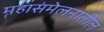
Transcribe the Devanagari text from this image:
महासंमेलनातील